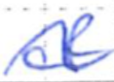
Text: of
Cross-out: mix
Writing tool: ballpoint